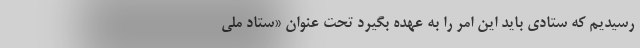
رسیدیم که ستادی باید این امر را به عهده بگیرد تحت عنوان «ستاد ملی